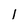
Character: 1